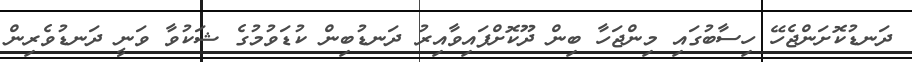
ދަނޑުކޮށަންޖެހޭ ހިސާބުގައި މިންޖަހާ ބިން ދޫކޮށްފައިވާއިރު ދަނޑުބިން ކުޑަވުމުގެ ޝަކުވާ ވަނީ ދަނޑުވެރިން